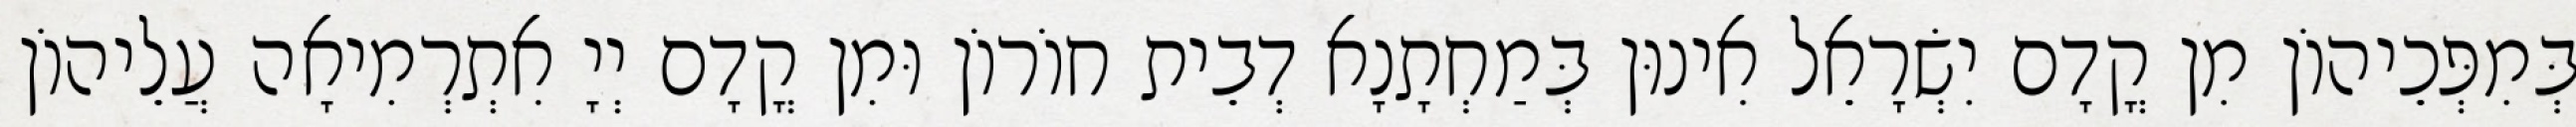
בְּמִפְּכֵיהוֹן מִן קֳדָם יִשְׂרָאֵל אִינוּן בְּמַחְתָנָא דְבֵית חוֹרוֹן וּמִן קֳדָם יְיָ אִתְרְמִיאָה עֲלֵיהוֹן